Vaccination United Provinces of Agra and Oudh 1902-1913 - 1902-1913
Year: 1902
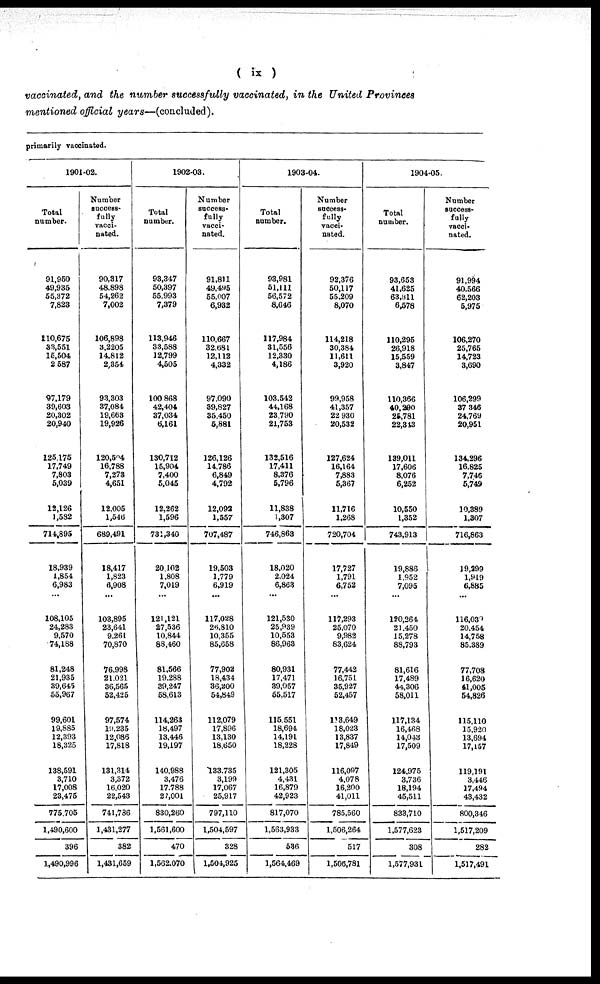
( ix )
vaccinated, and the number successfully vaccinated, in the United Provinces
mentioned official years—(concluded).
primarily vaccinated.
1901-02.
Total
number.
91,950
49,935
55,372
7,823
110,675
33,551
15,504
2,587
97,179
39,603
20,302
20,940
125,175
17,749
7,803
5,039
12,126
1,582
714,895
18,939
1,854
6,983
...
108,105
24,283
9,570
74,188
81,248
21,935
39,645
55,967
99,601
19,885
12,393
18,325
138,591
3,710
17,008
23,475
775,705
1,490,600
396
1,490,996
Number
success-
fully
vacci-
nated.
90,317
48,898
54,262
7,002
106,898
3,2205
14,812
2,354
93,303
37,084
19,663
19,926
120,504
16,788
7,273
4,651
12,005
1,546
689,491
18,417
1,823
6,908
...
103,895
23,641
9,261
70,870
76,998
21,021
36,565
52,425
97,574
19,235
12,086
17,818
131,314
3,372
16,020
22,543
741,786
1,431,277
382
1,431,659
1902-03.
Total
number.
93,347
50,397
55,993
7,379
113,946
33,588
12,799
4,505
100,868
42,404
37,034
6,161
130,712
15,904
7,400
5,045
12,262
1,596
731,340
20,102
1,808
7,019
...
121,121
27,536
10,844
88,460
81,566
19,288
39,247
58,613
114,263
18,497
13,446
19,197
140,988
3,476
17,788
27,001
830,260
1,561,600
470
1,562,070
Number
success-
fully
vacci-
nated.
91,811
49,495
55,007
6,932
110,667
32,681
12,112
4,332
97,090
39,827
35,450
5,881
126,126
14,786
6,849
4,792
12,092
1,557
707,487
19,503
1,779
6,919
...
117,028
26,810
10,355
85,658
77,902
18,434
36,200
54,849
112,079
17,896
13,130
18,650
133,735
3,199
17,067
25,917
797,110
1,504,597
328
1,504,925
1903-04.
Total
number.
93,981
51,111
56,572
8,646
117,984
31,556
12,330
4,186
103,542
44,168
23,790
21,753
132,516
17,411
8,376
5,796
11,838
1,307
746,863
18,020
2,024
6,863
...
121,530
25,939
10,553
86,963
80,931
17,471
39,057
55,517
115,551
18,694
14,191
18,228
121,305
4,431
16,879
42,923
817,070
1,563,933
536
1,564,469
Number
success-
fully
vacci-
nated.
92,376
50,117
55,209
8,070
114,218
30,384
11,611
3,920
99,958
41,357
22,930
20,532
127,624
16,164
7,883
5,367
11,716
1,268
720,704
17,727
1,791
6,752
...
117,293
25,070
9,982
83,624
77,442
16,751
35,927
52,457
113,649
18,023
13,837
17,849
116,097
4,078
16,200
41,011
785,560
1,506,264
517
1,506,781
1904-05.
Total
number.
93,653
41,625
63,311
6,578
110,295
26,918
15,559
3,847
110,366
40,290
25,781
22,313
139,011
17,606
8,076
6,252
10,550
1,352
743,913
19,886
1,952
7,095
...
120,264
21,450
15,278
88,793
81,616
17,489
44,306
58,011
117,134
16,468
14,043
17,509
124,975
3,736
18,194
45,511
833,710
1,577,623
308
1,577,931
Number
success-
fully
vacci-
nated.
91,994
40,566
62,203
5,975
106,270
25,765
14,723
3,690
106,299
37,346
24,769
20,951
134,296
16,825
7,746
5,749
10,389
1,307
716,863
19,299
1,919
6,885
...
116,039
20,454
14,758
85,389
77,708
16,620
41,005
54,826
115,110
15,920
13,694
17,157
119,191
3,446
17,494
43,432
800,346
1,517,209
282
1,517,491